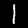
Label: 1